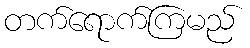
တက်ရောက်ကြမည်